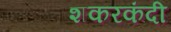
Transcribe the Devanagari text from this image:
शकरकंदी